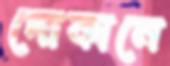
দোকানে